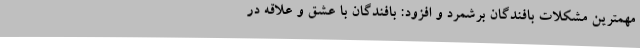
مهمترین مشکلات بافندگان برشمرد و افزود: بافندگان با عشق و علاقه در